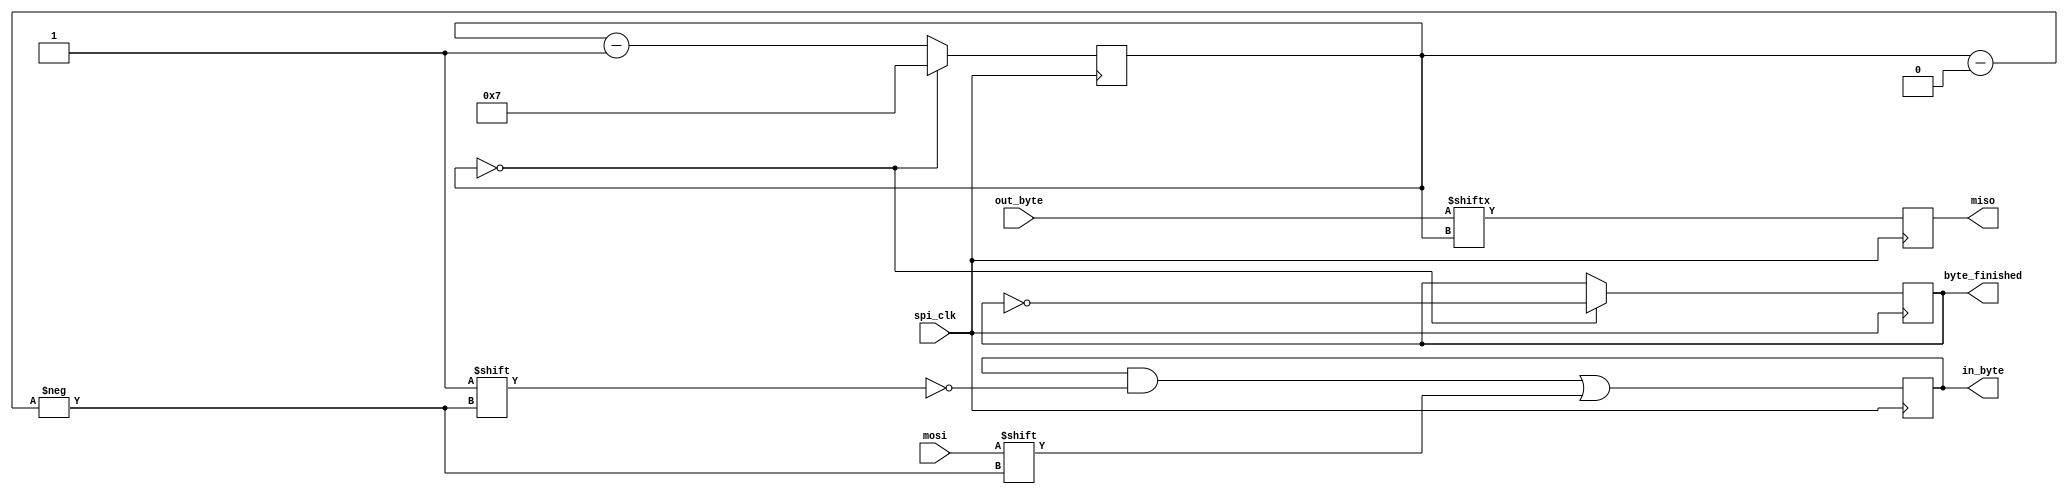
module spi_slave
(
    input spi_clk,
    input mosi,
    input [7:0] out_byte,
    output reg miso = 1'b0,
    output [7:0] in_byte,
    output reg byte_finished = 1'b0
);

    reg [3:0] bit_cnt = 4'h7;
    reg [7:0] in_byte_reg = 8'h00;

    assign in_byte = in_byte_reg;

    always @(posedge spi_clk) begin
        if (bit_cnt == 4'h7) begin
            miso <= out_byte[bit_cnt];
        end else begin
            miso <= out_byte[bit_cnt];
        end
    end

    always @(negedge spi_clk) begin
        if (bit_cnt == 4'h0) begin
            byte_finished <= ~byte_finished;
            in_byte_reg[bit_cnt] <= mosi;
            bit_cnt <= 4'h7;
        end else begin
            in_byte_reg[bit_cnt] <= mosi;
            bit_cnt <= bit_cnt - 1;
        end
    end
endmodule